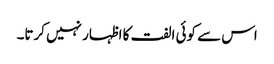
اس سے کوئی الفت کا اظہار نہیں کرتا۔